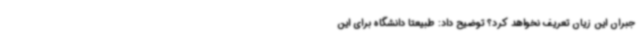
جبران این زیان تعریف نخواهد کرد؟ توضیح داد: طبیعتا دانشگاه برای این